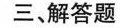
三、解答题